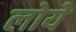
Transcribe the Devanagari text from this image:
लोये